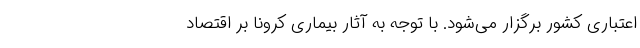
اعتباری کشور برگزار می‌شود. با توجه به آثار بیماری کرونا بر اقتصاد